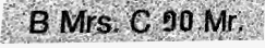
B Mrs. C ១០ Mr.